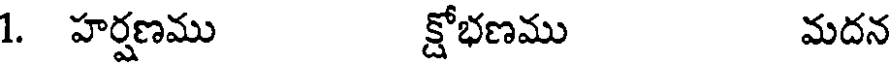
1. హర్షణము క్షోభణము మదన